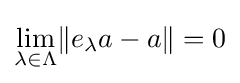
\lim _{\lambda \in \Lambda }\lVert e_{\lambda }a-a\rVert =0